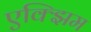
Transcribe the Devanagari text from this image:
एक्झिम